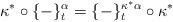
LaTeX: \begin{align*}\kappa^*\circ\{-\}^\alpha_t=\{-\}^{\kappa^*\alpha}_t\circ \kappa^*\end{align*}